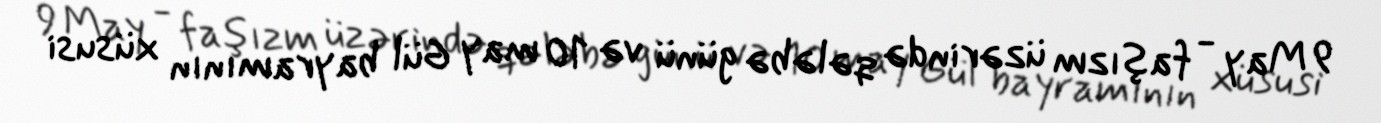
9 May - faşızm üzərində qələbə günü və 10 may Gül bayramının xüsusi